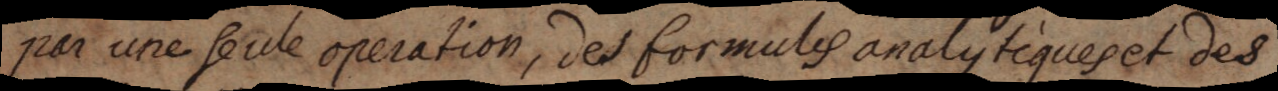
par une seule operation, des formules analytiques et des